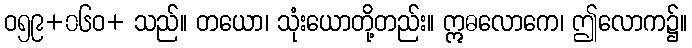
ဝ၅၉+၀၆ဝ+ သည်။ တယော၊ သုံးယောတို့တည်း။ ဣဓလောကေ၊ ဤလောက၌။